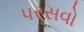
પરસવો